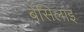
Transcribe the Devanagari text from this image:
बेसिलाइ